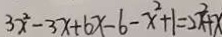
3 x ^ { 2 } - 3 x + 6 x - 6 - x ^ { 2 } + 1 = 2 x ^ { 2 } + x